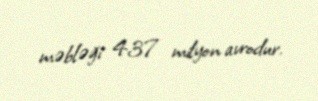
məbləği 437 milyon avrodur.